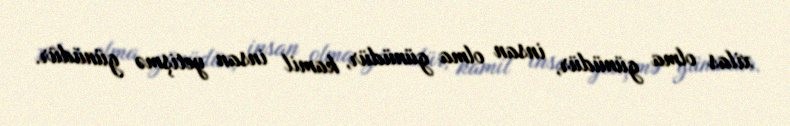
xilas olma günüdür, insan olma günüdür, kamil insan yetişmə günüdür.